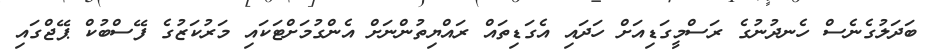
ބަދަލުގެނެސް ހެނދުނުގެ ރަސްމީގަޑިއަށް ހަދައި އެގަޑިތައް ރައްޔިތުންނަށް އެންގުމަށްޓަކައި މަރުކަޒުގެ ފޭސްބުކް ޕޭޖްގައި